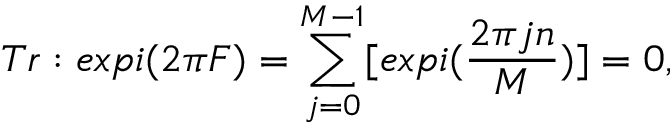
T r : e x p i ( 2 \pi F ) = \sum _ { j = 0 } ^ { M - 1 } [ e x p i ( { \frac { 2 \pi j n } { { M } } } ) ] = 0 , \quad